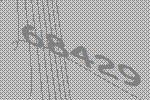
68429